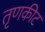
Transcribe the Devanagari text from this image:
तृणकीट